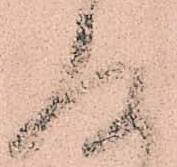
存